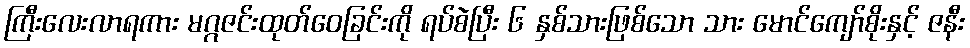
ကြီးလေးလာရကား မဂ္ဂဇင်းထုတ်ဝေခြင်းကို ရပ်စဲပြီး ၆ နှစ်သားဖြစ်သော သား မောင်ကျော်စိုးနှင့် ဇနီး